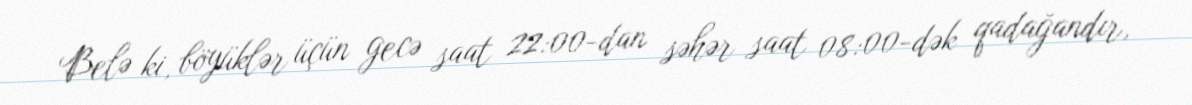
Belə ki, böyüklər üçün gecə saat 22:00-dan səhər saat 08:00-dək qadağandır,